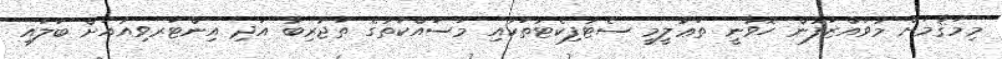
މިމަޤާމަށް މުވައްްޒަފުން ހޮވާނީ ތަޢުލީމީ ސެޓުފިކެޓުތަކާއި މަސައްކަތުގެ ތަޖުރިބާ އަދި އިންޓަރވިއުއަށް ބަލައިި